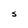
Character: S